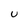
Character: U